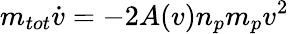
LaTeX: m_{tot}{\dot{v}}=-2A(v)n_{p}m_{p}v^{2}